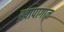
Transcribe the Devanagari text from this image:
ख़ापागान